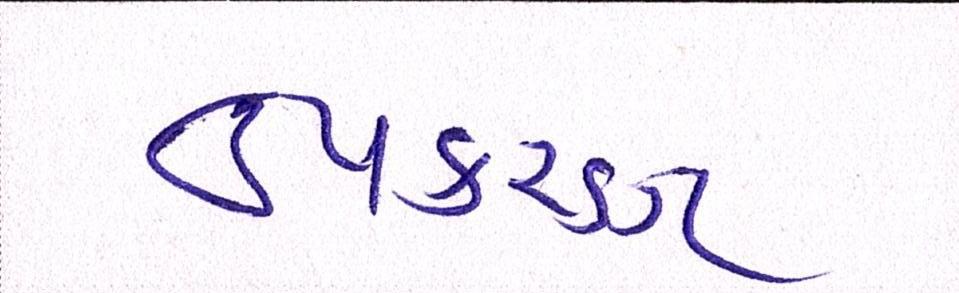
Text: ઉપકરણ